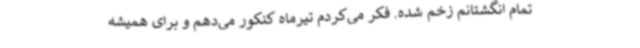
تمام انگشتانم زخم شده. فکر می‌کردم تیرماه کنکور می‌دهم و برای همیشه